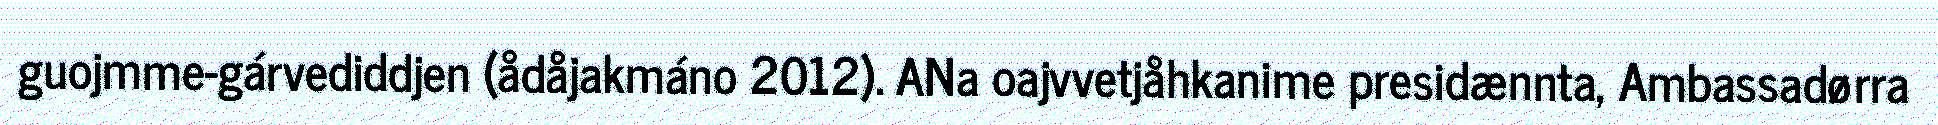
guojmme-gárvediddjen (ådåjakmáno 2012). ANa oajvvetjåhkanime presidænnta, Ambassadørra